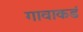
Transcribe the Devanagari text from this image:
गावाकडं